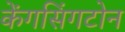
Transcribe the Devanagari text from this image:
केंगसिंगटोन